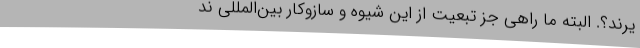
یرند؟. البته ما راهی جز تبعیت از این شیوه و سازوکار بین‌المللی ند